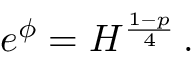
e ^ { \phi } = H ^ { \frac { 1 - p } { 4 } } \, .